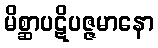
မိစ္ဆာပဋိပဇ္ဇမာနော